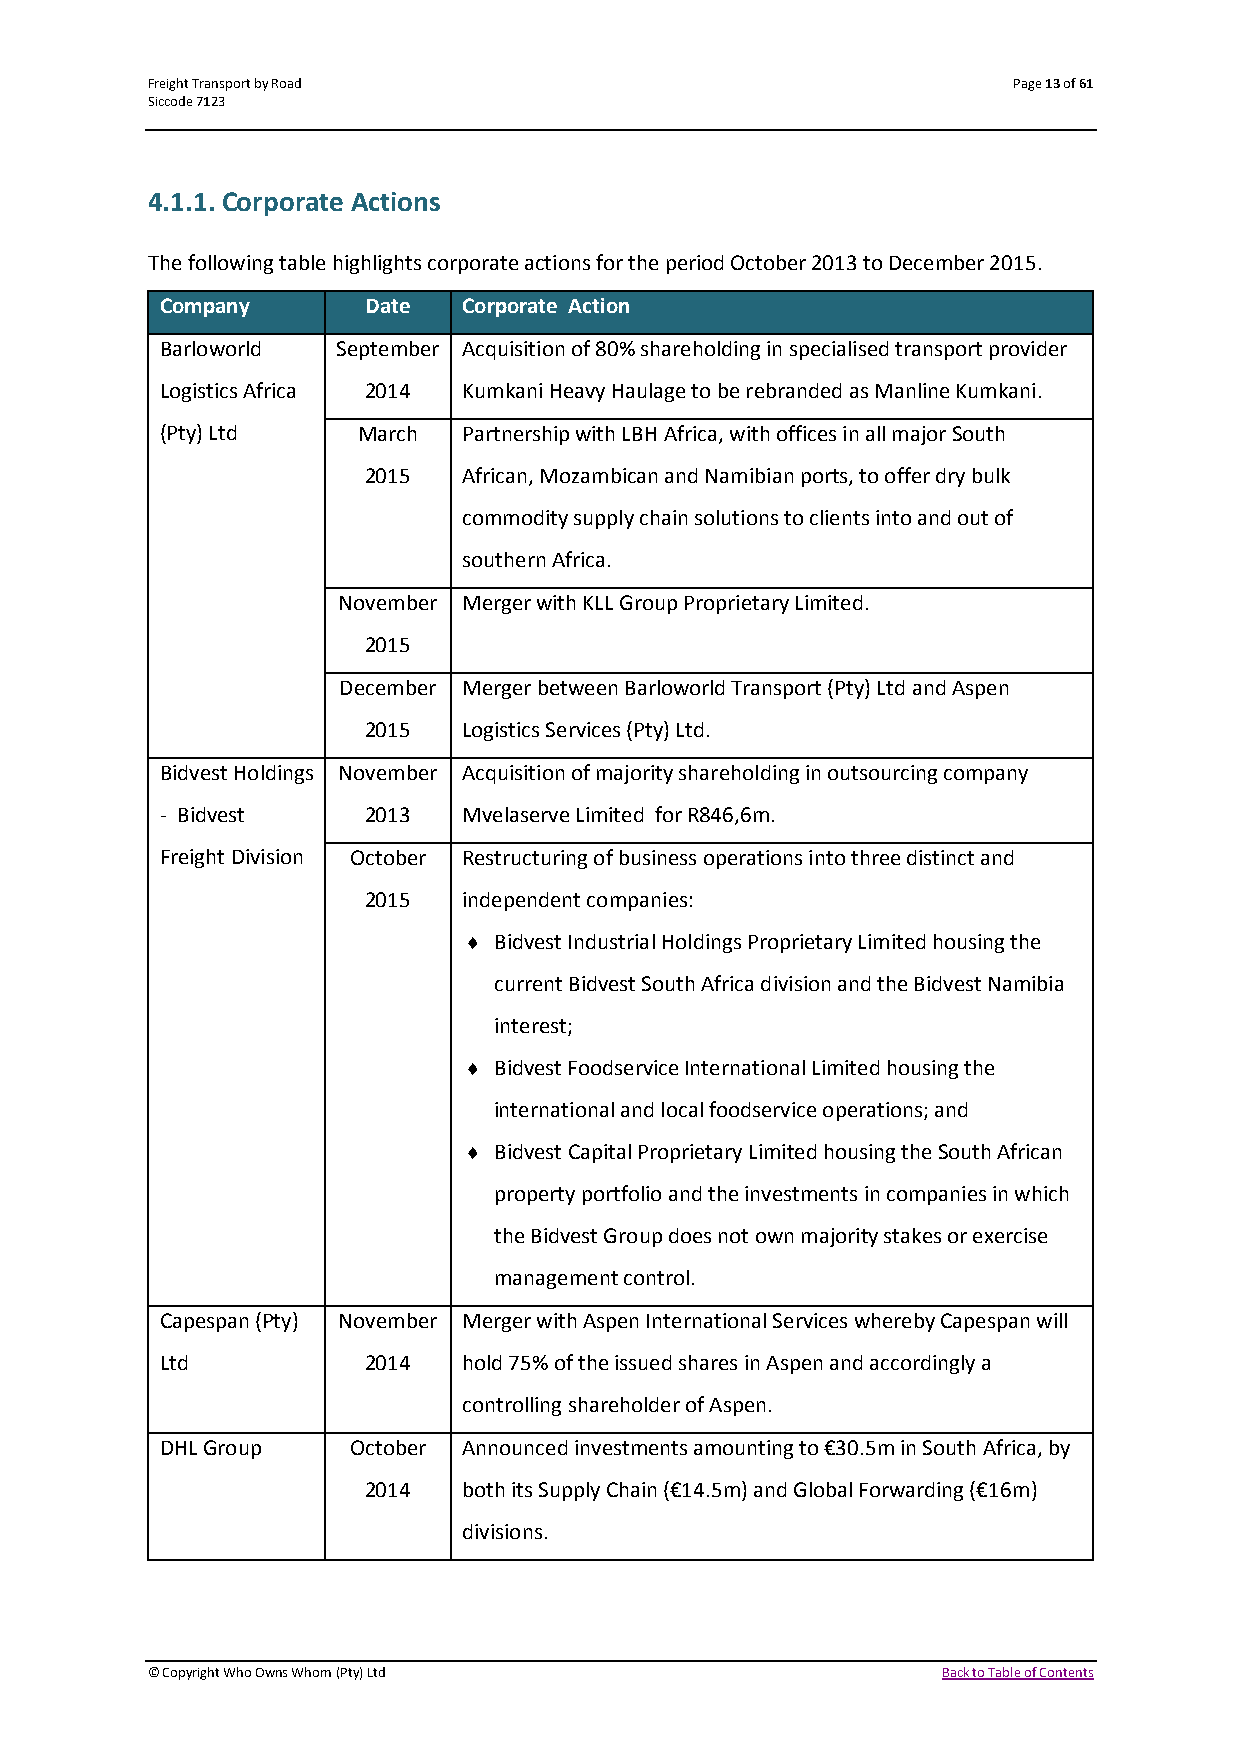
Freight Transport by Road                                Page 13 of 61
 Siccode 7123
 4.1.1. Corporate Actions
 The following table highlights corporate actions for the period October 2013 to December 2015.
 Company      Date   Corporate Action
 Barloworld September Acquisition of 80% shareholding in specialised transport provider
 Logistics Africa 2014 Kumkani Heavy Haulage to be rebranded as Manline Kumkani.
 (Pty) Ltd    March  Partnership with LBH Africa, with offices in all major South
 2015   African, Mozambican and Namibian ports, to offer dry bulk
 commodity supply chain solutions to clients into and out of
 southern Africa.
 November Merger with KLL Group Proprietary Limited.
 2015
 December Merger between Barloworld Transport (Pty) Ltd and Aspen
 2015   Logistics Services (Pty) Ltd.
 Bidvest Holdings November Acquisition of majority shareholding in outsourcing company
 - Bidvest    2013   Mvelaserve Limited for R846,6m.
 Freight Division October Restructuring of business operations into three distinct and
 2015   independent companies:
  Bidvest Industrial Holdings Proprietary Limited housing the
 current Bidvest South Africa division and the Bidvest Namibia
 interest;
  Bidvest Foodservice International Limited housing the
 international and local foodservice operations; and
  Bidvest Capital Proprietary Limited housing the South African
 property portfolio and the investments in companies in which
 the Bidvest Group does not own majority stakes or exercise
 management control.
 Capespan (Pty) November Merger with Aspen International Services whereby Capespan will
 Ltd          2014   hold 75% of the issued shares in Aspen and accordingly a
 controlling shareholder of Aspen.
 DHL Group   October Announced investments amounting to €30.5m in South Africa, by
 2014   both its Supply Chain (€14.5m) and Global Forwarding (€16m)
 divisions.
 © Copyright Who Owns Whom (Pty) Ltd                 Back to Table of Contents